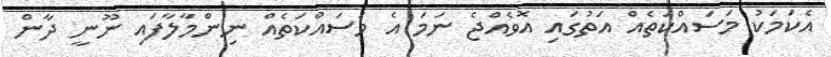
އެކަމަކު މަސައްކަތެއް އަތުގައި އޮވެއްޖެ ނަމަ އެ މަސައްކަތެއް ނިންމާލާފައި ނޫނީ ދާން